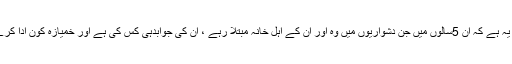
سوال یہ ہے کہ ان 5سالوں میں جن دشواریوں میں وہ اور ان کے اہل خانہ مبتلا رہے ، ان کی جوابدہی کس کی ہے اور خمیازہ کون ادا کرے گا؟